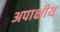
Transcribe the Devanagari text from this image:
अपाक्षीय